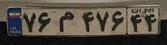
۷۶م۴۷۶۴۴